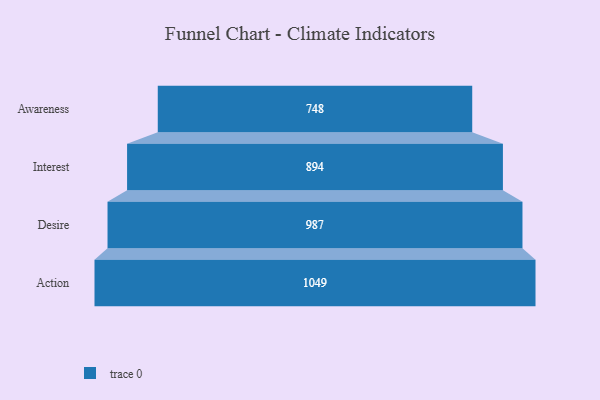
{"axis": {"x": "Stage", "y": "Value"}, "legend": [""], "data": [{"x": "Awareness", "y": 748.0, "type": ""}, {"x": "Interest", "y": 894.0, "type": ""}, {"x": "Desire", "y": 987.0, "type": ""}, {"x": "Action", "y": 1049.0, "type": ""}]}